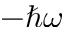
- \hbar \omega